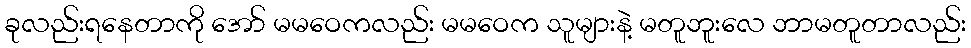
ခုလည်းရနေတာကို အော် မမဝေကလည်း မမဝေက သူများနဲ့ မတူဘူးလေ ဘာမတူတာလည်း